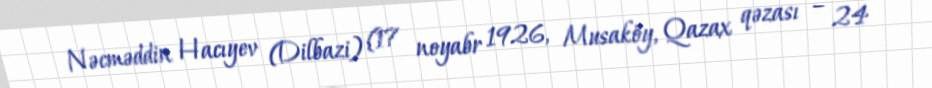
Nəcməddin Hacıyev (Dilbazi) (17 noyabr 1926, Musaköy, Qazax qəzası – 24